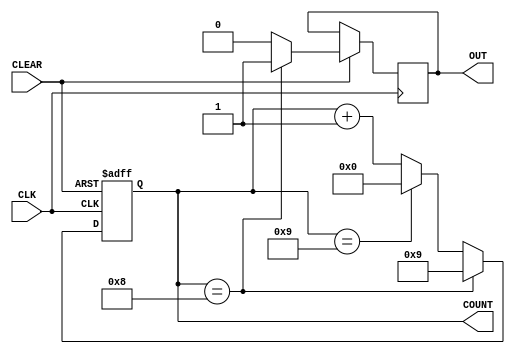
module divideByTen #(parameter N=10, parameter M=8)
(
input CLK, CLEAR,
output reg [M-1:0] COUNT,
// COUNT is defined as a M-bit register
output reg OUT
);
always @ (negedge CLK, negedge CLEAR)
	if (CLEAR==1'b0) COUNT <= 0;
	// COUNT is loaded with all 0's
	else
	begin
		if (COUNT == N-2'd2) begin OUT <= 1'b1; COUNT <= N-1'd1; end // Once COUNT = N-2 OUT = 1
		else
	if (COUNT == N-1'd1) begin OUT <=1'b0; COUNT <= 0; end
	//Once COUNT = N-1 OUT=0
	else begin OUT <= 1'b0; COUNT <= COUNT + 1'b1; end
	// COUNT is incremented
	end
endmodule